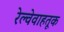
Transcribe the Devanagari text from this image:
रेल्वेवाहतूक